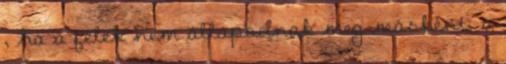
, ha a felek nem állapodnak meg másként, a